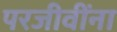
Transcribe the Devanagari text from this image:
परजीवींना